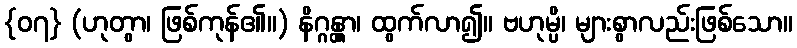
{၀၇} (ဟုတွာ၊ ဖြစ်ကုန်၏။) နိဂ္ဂန္တွာ၊ ထွက်လာ၍။ ဗဟုမ္ပိ၊ များစွာလည်းဖြစ်သော။